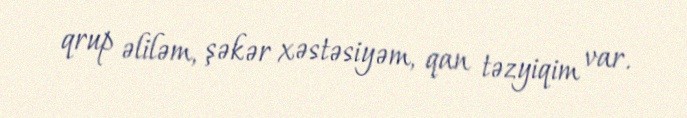
qrup əliləm, şəkər xəstəsiyəm, qan təzyiqim var.